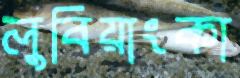
লুবিয়াংকা